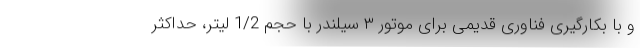
و با بکارگیری فناوری قدیمی برای موتور ۳ سیلندر با حجم 1/2 لیتر، حداکثر